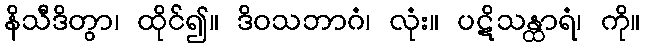
နိသီဒိတွာ၊ ထိုင်၍။ ဒိဝသဘာဂံ၊ လုံး။ ပဋိသန္ထာရံ၊ ကို။